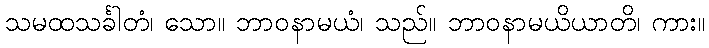
သမထသင်္ခါတံ၊ သော။ ဘာဝနာမယံ၊ သည်။ ဘာဝနာမယိယာတိ၊ ကား။